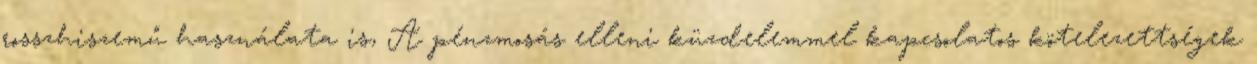
rosszhiszemű használata is, A pénzmosás elleni küzdelemmel kapcsolatos kötelezettségek